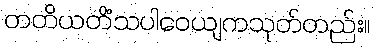
တတိယတိံသပါဝေယျကသုတ်တည်း။